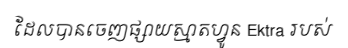
ដែលបានចេញផ្សាយស្មាតហ្វូន Ektra របស់